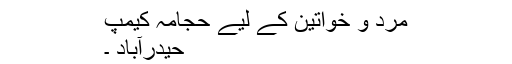
مرد و خواتین کے لیے حجامہ کیمپ
حیدرآباد ۔